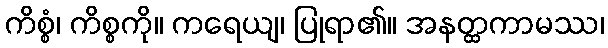
ကိစ္စံ၊ ကိစ္စကို။ ကရေယျ၊ ပြုရာ၏။ အနတ္ထကာမဿ၊